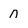
Character: n